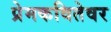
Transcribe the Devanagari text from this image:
प्रेमकवितेवर